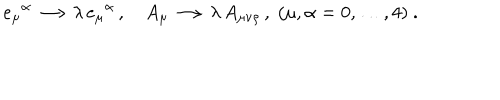
e _ { \mu } { } ^ { \alpha } \longrightarrow \lambda \, e _ { \mu } { } ^ { \alpha } \, , \quad A _ { \mu } \longrightarrow \lambda \, A _ { \mu \nu \rho } \, , \; ( \mu , \alpha = 0 , \ldots , 4 ) \ .